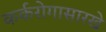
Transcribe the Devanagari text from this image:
कर्करोगासारखे